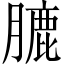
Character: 膔